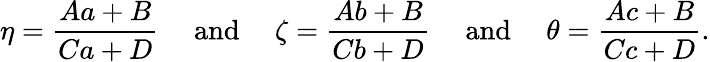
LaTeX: \eta={\frac{Aa+B}{Ca+D}}\quad{\mathrm{~and~}}\quad\zeta={\frac{Ab+B}{Cb+D}}\quad{\mathrm{~and~}}\quad\theta={\frac{Ac+B}{Cc+D}}.